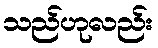
သည်ဟုလည်း